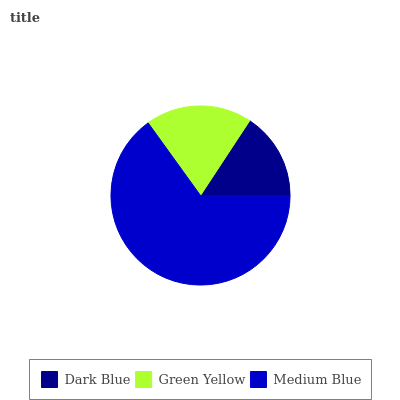
| Dark Blue | Green Yellow | Medium Blue |
 | --- | --- | --- |
 | 15.7% | 19.2% | 65% |